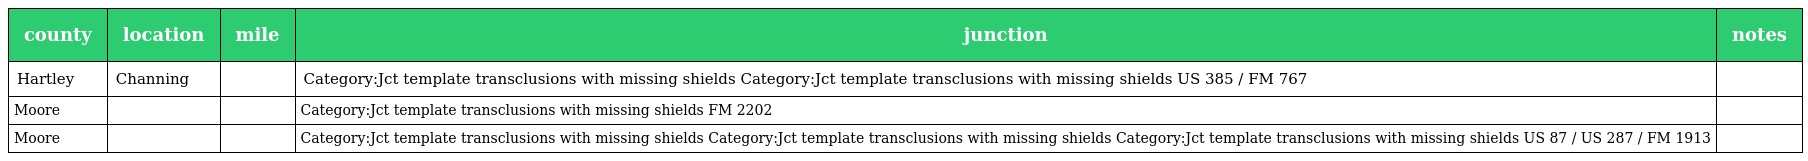
| county | location | mile | junction | notes |
 | --- | --- | --- | --- | --- |
 | Hartley | Channing |  | Category:Jct template transclusions with missing shields Category:Jct template transclusions with missing shields US 385 / FM 767 |  |
 | Moore |  |  | Category:Jct template transclusions with missing shields FM 2202 |  |
 | Moore |  |  | Category:Jct template transclusions with missing shields Category:Jct template transclusions with missing shields Category:Jct template transclusions with missing shields US 87 / US 287 / FM 1913 |  |